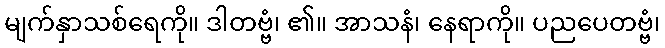
မျက်နှာသစ်ရေကို။ ဒါတဗ္ဗံ၊ ၏။ အာသနံ၊ နေရာကို။ ပညပေတဗ္ဗံ၊